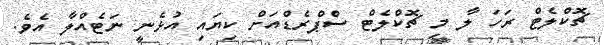
ޗޮކްލެޓް ރަހަ ލާ މި ޗޮކްލެޓް ސްޕްރެޑްއަށް ކިޔައި އުޅެނީ ނަޓެއްލާ އެވެ.